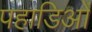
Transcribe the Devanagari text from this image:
पहाडिओं